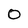
Character: 0